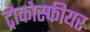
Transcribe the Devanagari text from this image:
ट्रोकोस्फीयर